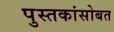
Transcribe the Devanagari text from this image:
पुस्तकांसोबत